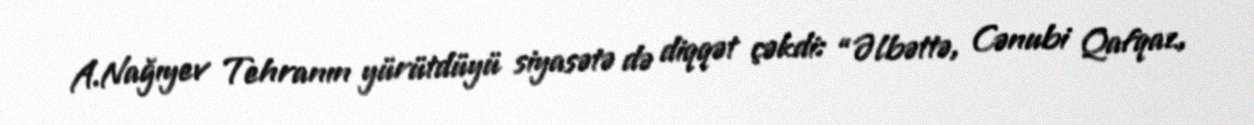
A.Nağıyev Tehranın yürütdüyü siyasətə də diqqət çəkdi: “Əlbəttə, Cənubi Qafqaz,